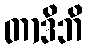
တာဒိဘိ